Lunatic asylums United Prov. 1922-30 - 1922-1930
Year: 1922
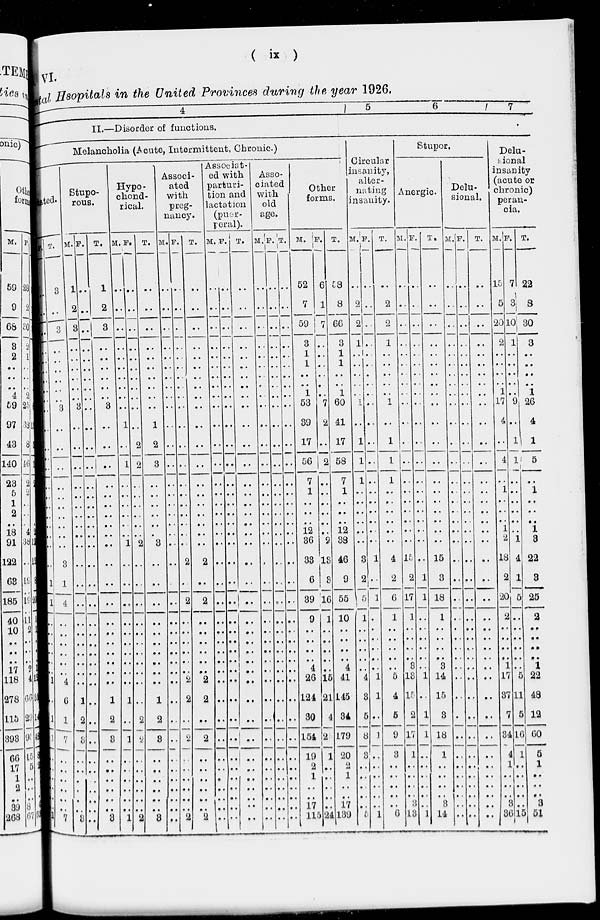
( ix )
VI.
Mental Hospitals in the United Provinces during the year 1926.
4
5
6
7
II.—Disorder of functions.
Melancholia (Acute, Intermittent, Chronic.)
tated.
F.
...
..
..
..
..
..
..
..
..
..
..
..
..
..
..
..
..
..
..
..
..
1
1
..
..
..
..
..
..
1
..
1
1
..
..
..
..
..
..
1
T.
3
..
3
..
..
..
..
..
..
3
..
..
..
..
..
..
..
..
..
..
3
1
4
..
..
..
..
..
..
4
6
1
7
..
..
..
..
..
..
7
Stupo-
rous.
M.
1
2
3
..
..
..
..
..
..
3
..
..
..
..
..
..
..
..
..
..
..
..
..
..
..
..
..
..
..
..
1
2
3
..
..
..
..
..
..
3
F.
..
..
..
..
..
..
..
..
..
..
..
..
..
..
..
..
..
..
..
..
..
..
..
..
..
..
..
..
..
..
..
..
..
..
..
..
..
..
..
..
T.
1
2
3
..
..
..
..
..
..
3
..
..
..
..
..
..
..
..
..
..
..
..
..
..
..
..
..
..
..
..
1
2
3
..
..
..
..
..
..
3
Hypo-
chond-
rical.
M.
..
..
..
..
..
..
..
..
..
..
1
..
1
..
..
..
..
..
..
1
..
..
..
..
..
..
..
..
..
..
1
..
1
..
..
..
..
..
..
1
F.
..
..
..
..
..
..
..
..
..
..
..
2
2
..
..
..
..
..
..
2
..
..
..
..
..
..
..
..
..
..
..
2
2
..
..
..
..
..
..
2
T.
..
..
..
..
..
..
..
..
..
..
1
2
3
..
..
..
..
..
..
3
..
..
..
..
..
..
..
..
..
..
1
2
3
..
..
..
..
..
..
3
Associ-
ated
with
preg-
nancy.
M.
..
..
..
..
..
..
..
..
..
..
..
..
..
..
..
..
..
..
..
..
..
..
..
..
..
..
..
..
..
..
..
..
..
..
..
..
..
..
..
..
F.
..
..
..
..
..
..
..
..
..
..
..
..
..
..
..
..
..
..
..
..
2
..
2
..
..
..
..
..
..
2
2
..
2
..
..
..
..
..
..
2
T.
..
..
..
..
..
..
..
..
..
..
..
..
..
..
..
..
..
..
..
..
2
..
2
..
..
..
..
..
..
2
2
..
2
..
..
..
..
..
..
2
Associat-
ed with
parturi-
tion and
lactation
(puer-
peral).
M.
..
..
..
..
..
..
..
..
..
..
..
..
..
..
..
..
..
..
..
..
..
..
..
..
..
..
..
..
..
..
..
..
..
..
..
..
..
..
..
..
F.
..
..
..
..
..
..
..
..
..
..
..
..
..
..
..
..
..
..
..
..
..
..
..
..
..
..
..
..
..
..
..
..
..
..
..
..
..
..
..
..
T.
..
..
..
..
..
..
..
..
..
..
..
..
..
..
..
..
..
..
..
..
..
..
..
..
..
..
..
..
..
..
..
..
..
..
..
..
..
..
..
..
Asso-
ciated
with
old
age.
M.
..
..
..
..
..
..
..
..
..
..
..
..
..
..
..
..
..
..
..
..
..
..
..
..
..
..
..
..
..
..
..
..
..
..
..
..
..
..
..
..
F.
..
..
..
..
..
..
..
..
..
..
..
..
..
..
..
..
..
..
..
..
..
..
..
..
..
..
..
..
..
..
..
..
..
..
..
..
..
..
..
..
T.
..
..
..
..
..
..
..
..
..
..
..
..
..
..
..
..
..
..
..
..
..
..
..
..
..
..
..
..
..
..
..
..
..
..
..
..
..
..
..
..
Other
forms.
M.
52
7
59
3
1
1
..
..
1
53
39
17
56
7
1
..
..
..
12
36
33
6
39
9
..
..
..
..
4
26
124
30
154
19
2
1
..
..
17
115
F.
6
1
7
..
..
..
..
..
..
7
2
..
2
..
..
..
..
..
..
2
13
3
16
1
..
..
..
..
..
15
21
4
2
1
..
..
..
..
..
24
T.
58
8
66
3
1
1
..
..
1
60
41
17
58
7
1
..
..
..
12
38
46
9
55
10
..
..
..
..
4
41
145
34
179
20
2
1
..
..
17
139
Circular
insanity,
alter-
nating
insanity.
M.
..
2
2
1
..
..
..
..
..
1
..
1
1
1
..
..
..
..
..
..
3
2
5
1
..
..
..
..
..
4
3
5
8
3
..
..
..
..
..
5
F.
..
..
..
..
..
..
..
..
..
..
..
..
..
..
..
..
..
..
..
..
1
..
1
..
..
..
..
..
..
1
1
..
1
..
..
..
..
..
..
1
T.
..
2
2
1
..
..
..
..
..
1
..
1
1
1
..
..
..
..
..
..
4
2
6
1
..
..
..
..
..
5
4
5
9
3
..
..
..
..
..
6
Stupor.
Anergic.
M.
..
..
..
..
..
..
..
..
..
..
..
..
..
..
..
..
..
..
..
..
15
2
17
1
..
..
..
..
3
13
15
2
17
1
..
..
..
..
3
13
F.
..
..
..
..
..
..
..
..
..
..
..
..
..
..
..
..
..
..
..
..
..
1
1
..
..
..
..
..
..
1
..
1
1
..
..
..
..
..
..
1
T.
..
..
..
..
..
..
..
..
..
..
..
..
..
..
..
..
..
..
..
..
15
3
18
1
..
..
..
..
3
14
15
3
18
1
..
..
..
..
3
14
Delu-
sional.
M.
..
..
..
..
..
..
..
..
..
..
..
..
..
..
..
..
..
..
..
..
..
..
..
..
..
..
..
..
..
..
..
..
..
..
..
..
..
..
..
..
F.
..
..
..
..
..
..
..
..
..
..
..
..
..
..
..
..
..
..
..
..
..
..
..
..
..
..
..
..
..
..
..
..
..
..
..
..
..
..
..
..
T.
..
..
..
..
..
..
..
..
..
..
..
..
..
..
..
..
..
..
..
..
..
..
..
..
..
..
..
..
..
..
..
..
..
..
..
..
..
..
..
..
Delu-
sional
insanity
(acute or
chronic)
peran-
cia.
M.
15
5
20
2
..
..
..
..
1
17
4
..
4
..
1
..
..
..
1
2
18
2
20
2
..
..
..
..
1
17
37
7
34
4
1
..
..
..
3
36
F.
7
3
10
1
..
..
..
..
..
9
..
1
1
..
..
..
..
..
..
1
4
1
5
..
..
..
..
..
..
5
11
5
16
1
..
..
..
..
..
15
T.
22
8
30
3
..
..
..
..
1
26
4
1
5
..
1
..
..
..
1
3
22
3
25
2
..
..
..
..
1
22
48
12
60
5
1
..
..
..
3
51